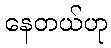
နေတယ်ဟု